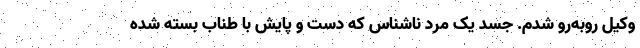
وکیل روبه‌رو شدم. جسد یک مرد ناشناس که دست و پایش با طناب بسته شده